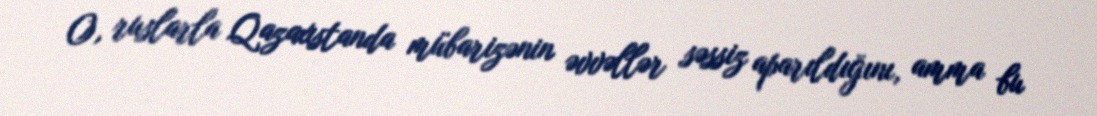
O, ruslarla Qazaxıstanda mübarizənin əvvəllər səssiz aparıldığını, amma bu